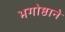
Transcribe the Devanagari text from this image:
भगोष्ठाने